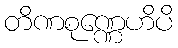
တိဏစုဏ္ဏေဟိပိ